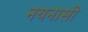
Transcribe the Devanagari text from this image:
नयनासी